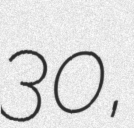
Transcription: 30,